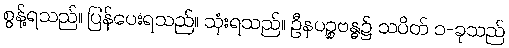
စွန့်ရသည်။ ပြန်ပေးရသည်။ သုံးရသည်။ ဦနပဉ္စဗန္ဓ၌ သပိတ် ၁-ခုသည်